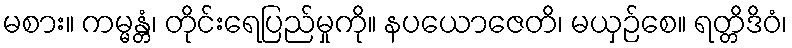
မစား။ ကမ္မန္တံ၊ တိုင်းရေပြည်မှုကို။ နပယောဇေတိ၊ မယှဉ်စေ။ ရတ္တိဒိဝံ၊